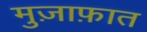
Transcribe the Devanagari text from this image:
मुज़ाफ़ात